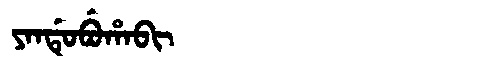
Manchu: ᠶᠠᠨᡩᡠᠪᡠᡥᠠᠪᡳ
Romanization: YANDUBUHABI